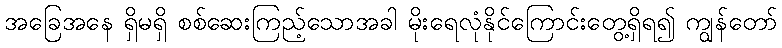
အခြေအနေ ရှိမရှိ စစ်ဆေးကြည့်သောအခါ မိုးရေလုံနိုင်ကြောင်းတွေ့ရှိရ၍ ကျွန်တော်